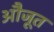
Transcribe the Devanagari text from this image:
औजूत